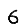
Digit: 6